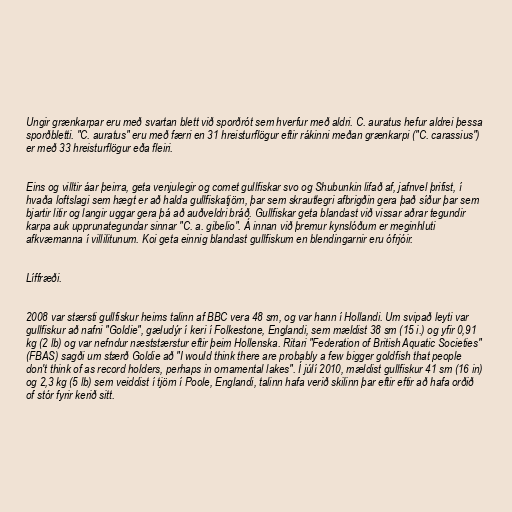
Ungir grænkarpar eru með svartan blett við sporðrót sem hverfur með aldri. C. auratus hefur aldrei þessa
sporðbletti. "C. auratus" eru með færri en 31 hreisturflögur eftir rákinni meðan grænkarpi ("C. carassius")
er með 33 hreisturflögur eða fleiri.

Eins og villtir áar þeirra, geta venjulegir og comet gullfiskar svo og Shubunkin lifað af, jafnvel þrifist, í
hvaða loftslagi sem hægt er að halda gullfiskatjörn, þar sem skrautlegri afbrigðin gera það síður þar sem
bjartir litir og langir uggar gera þá að auðveldri bráð. Gullfiskar geta blandast við vissar aðrar tegundir
karpa auk upprunategundar sinnar "C. a. gibelio". Á innan við þremur kynslóðum er meginhluti
afkvæmanna í villilitunum. Koi geta einnig blandast gullfiskum en blendingarnir eru ófrjóir.

Líffræði.

2008 var stærsti gullfiskur heims talinn af BBC vera 48 sm, og var hann í Hollandi. Um svipað leyti var
gullfiskur að nafni "Goldie", gæludýr í keri í Folkestone, Englandi, sem mældist 38 sm (15 i.) og yfir 0,91
kg (2 lb) og var nefndur næststærstur eftir þeim Hollenska. Ritari "Federation of British Aquatic Societies"
(FBAS) sagði um stærð Goldie að "I would think there are probably a few bigger goldfish that people
don't think of as record holders, perhaps in ornamental lakes". Í júlí 2010, mældist gullfiskur 41 sm (16 in)
og 2,3 kg (5 lb) sem veiddist í tjörn í Poole, Englandi, talinn hafa verið skilinn þar eftir eftir að hafa orðið
of stór fyrir kerið sitt.